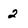
Character: 2